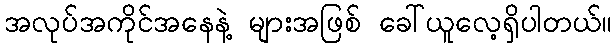
အလုပ်အကိုင်အနေနဲ့ များအဖြစ် ခေါ်ယူလေ့ရှိပါတယ်။